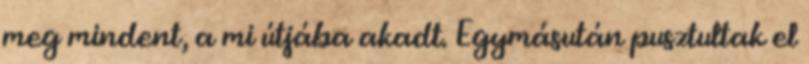
meg mindent, a mi útjába akadt. Egymásután pusztultak el